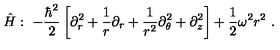
\hat { H } : \ - \frac { \hbar ^ { 2 } } { 2 } \left[ \partial _ { r } ^ { 2 } + \frac { 1 } { r } \partial _ { r } + \frac { 1 } { r ^ { 2 } } \partial _ { \theta } ^ { 2 } + \partial _ { z } ^ { 2 } \right] + \frac { 1 } { 2 } \omega ^ { 2 } r ^ { 2 } \ .